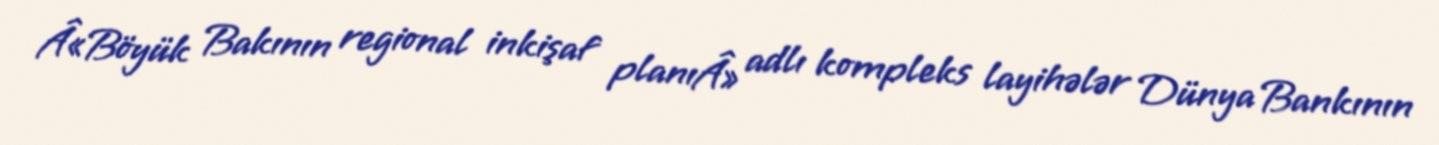
Â«Böyük Bakının regional inkişaf planıÂ» adlı kompleks layihələr Dünya Bankının